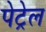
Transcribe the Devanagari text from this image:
पेट्रेल